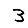
Digit: 3